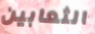
الثعابين